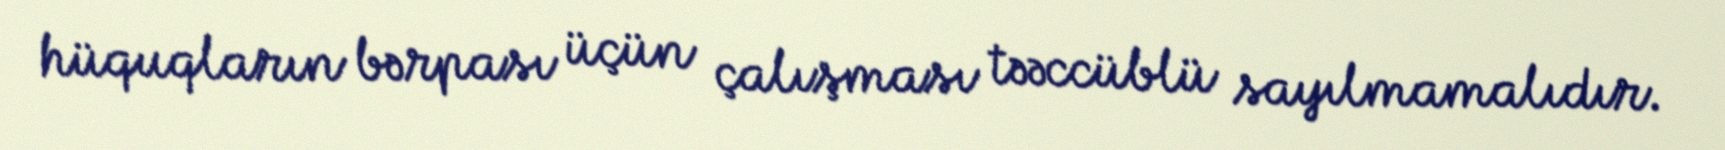
hüquqların bərpası üçün çalışması təəccüblü sayılmamalıdır.